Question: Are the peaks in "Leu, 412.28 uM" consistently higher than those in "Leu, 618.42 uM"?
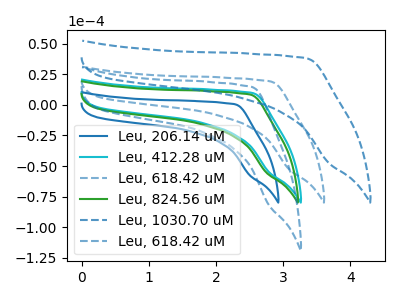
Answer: <think>The blue curve "Leu, 206.14 uM" has no peaks. The cyan curve "Leu, 412.28 uM" has no peaks. The blue dashed curve "Leu, 618.42 uM" has no peaks. The green curve "Leu, 824.56 uM" has no peaks. The blue dashed curve "Leu, 1030.70 uM" has no peaks. The blue dashed curve "Leu, 618.42 uM" has no peaks.</think>
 <answer>Niether CV has any peaks.</answer>
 <eval>blanks</eval>